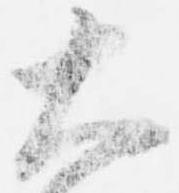
大